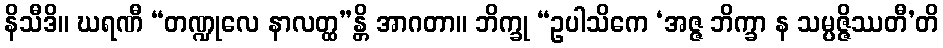
နိသီဒိ။ ဃရဏီ “တဏ္ဍုလေ နာလတ္ထ”န္တိ အာဂတာ။ ဘိက္ခု “ဥပါသိကေ ‘အဇ္ဇ ဘိက္ခာ န သမ္ပဇ္ဇိဿတီ’တိ